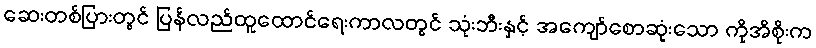
ဆေးတစ်ပြားတွင် ပြန်လည်ထူထောင်ရေးကာလတွင် သုံးဘီးနှင့် အကျော်စောဆုံးသော ကိုအိစိုးက